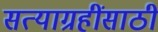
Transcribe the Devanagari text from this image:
सत्याग्रहींसाठी